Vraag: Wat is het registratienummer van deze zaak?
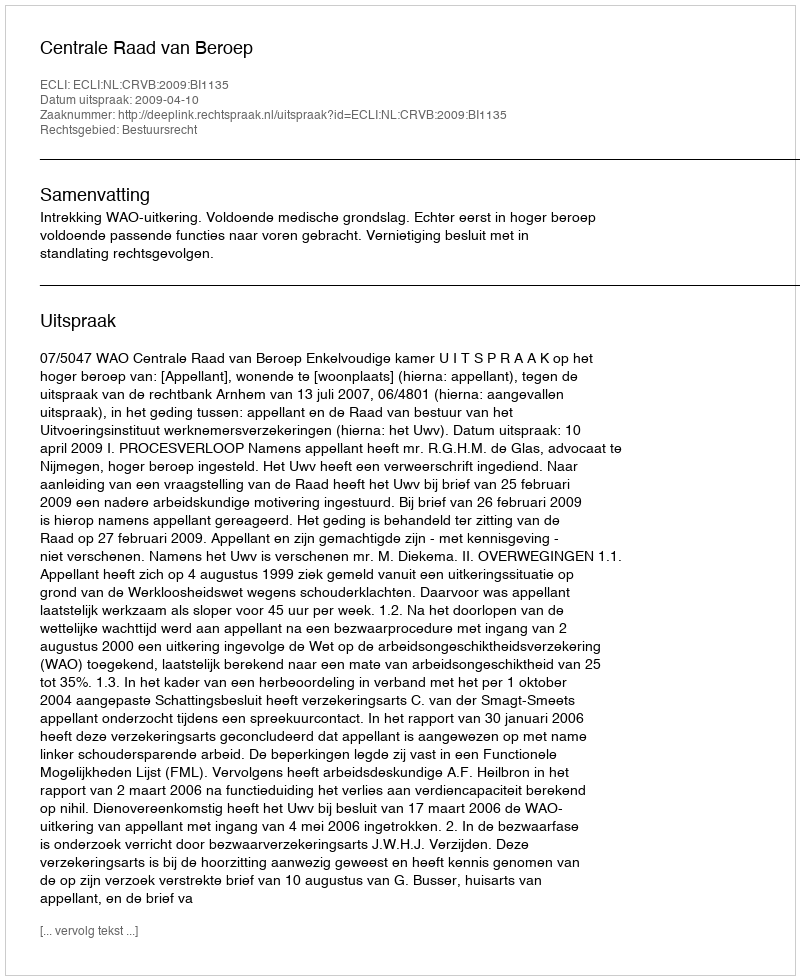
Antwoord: http://deeplink.rechtspraak.nl/uitspraak?id=ECLI:NL:CRVB:2009:BI1135